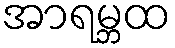
အာရမ္ဘထ